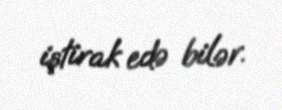
iştirak edə bilər.